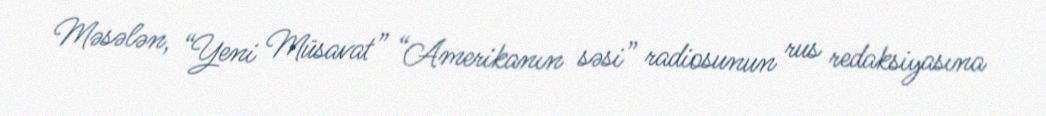
Məsələn, “Yeni Müsavat” “Amerikanın səsi” radiosunun rus redaksiyasına